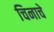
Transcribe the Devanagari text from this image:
चिनाचे